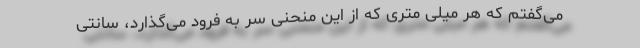
می‌گفتم که هر میلی متری که از این منحنی سر به فرود می‌گذارد، سانتی